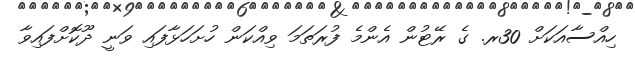
ހިއްސާއަކަށް 30ރ. ގެ ރޭޓުން އެންމެ ފުރަތަމަ ވިއްކަން ހުށަހަޅާފައި ވަނީ ދޫކޮށްފައިވާ